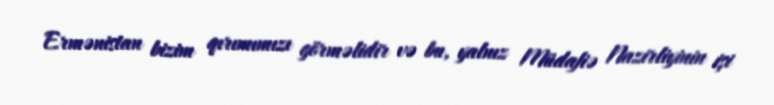
Ermənistan bizim qırımımızı görməlidir və bu, yalnız Müdafiə Nazirliyinin işi